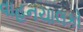
વાહનચાલકો